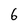
Character: 6